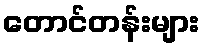
တောင်တန်းများ